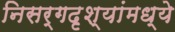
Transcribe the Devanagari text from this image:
निसर्गदृश्यांमध्ये